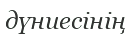
дүниесінің